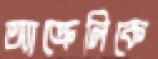
অ্যাক্রেলিকে